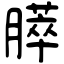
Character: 膵